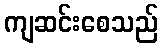
ကျဆင်းစေသည်